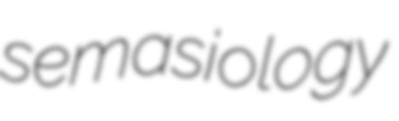
semasiology